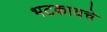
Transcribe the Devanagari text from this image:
भटकायचे